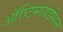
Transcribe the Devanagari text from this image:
ऑप्टिमायझेशन